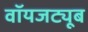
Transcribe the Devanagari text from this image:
वॉयजट्यूब